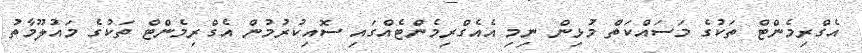
އެގްރިމެންޓް ތަކުގެ މަސައްކަތް މުޅިން ނިމި އެއެގްރިމެންޓެއްގައި ސޮއިކުރުމުން އެގްރިމެންޓް ތަކުގެ މައުލޫމާތު